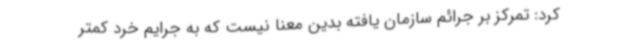
کرد: تمرکز بر جرائم سازمان یافته بدین معنا نیست که به جرایم خرد کمتر